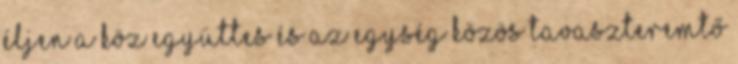
Éljen a köz együttes és az egység közös tavaszteremtő